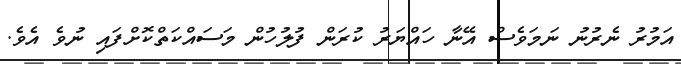
އަމުރު ނެރުނު ނަމަވެސް އޭނާ ހައްޔަރު ކުރަން ފުލުުހުން މަސައްކަތްކޮށްފައި ނުވެ އެވެ.